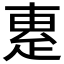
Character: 𤴛